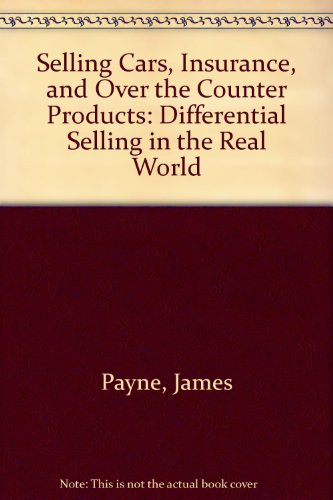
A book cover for Selling Cars, Insurance, and Over the Counter Products: Differential Selling in the Real World; James Payne; Engineering & Transportation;